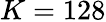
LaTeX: K=128